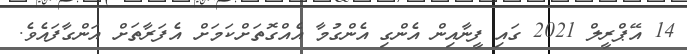
14 އޭޕްރީލް 2021 ގައި ފީނާއިން އެންގި އެންގުމާ އެއްގޮތަށްކަމަށް އެފަރާތަށް އަންގާފައެވެ.